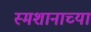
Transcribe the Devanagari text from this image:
स्मशानाच्या